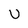
Character: U